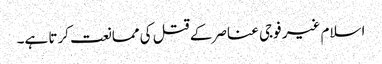
اسلام غیر فوجی عناصر کے قتل کی ممانعت کرتا ہے۔